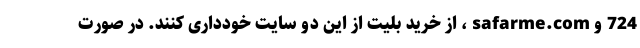
724 و safarme.com ، از خرید بلیت از این دو سایت خودداری کنند. در صورت